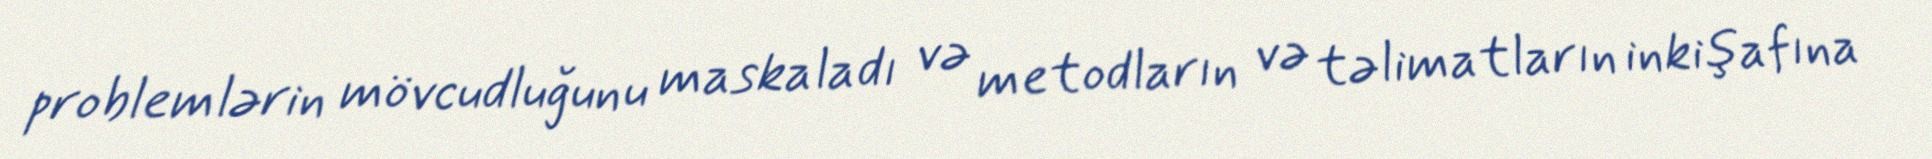
problemlərin mövcudluğunu maskaladı və metodların və təlimatların inkişafına